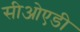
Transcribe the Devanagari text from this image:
सीओएडी